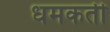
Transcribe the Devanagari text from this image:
धमकती